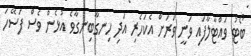
ބޯޓު ވައްޓާލާފައި ވަނީ ވަރަށް އެކަހެރި އަދި ހިނގާބިނގާވެ އުޅެން ވެސް ފަސޭހަ